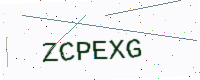
Text: ZCPEXG